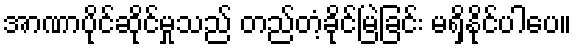
အာဏာပိုင်ဆိုင်မှုသည် တည်တံ့ခိုင်မြဲခြင်း မရှိနိုင်ပါပေ။